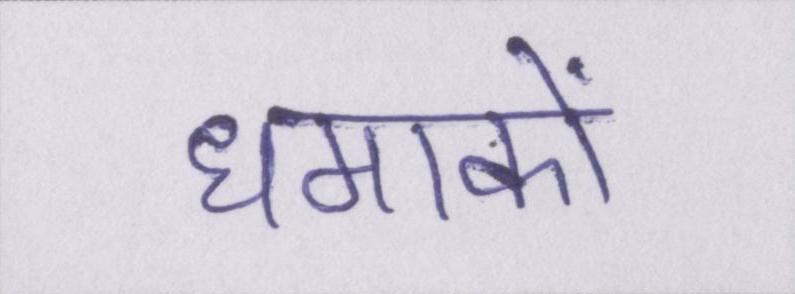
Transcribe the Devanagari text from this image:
धमाकों